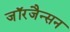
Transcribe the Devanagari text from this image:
जॉरजैन्सन